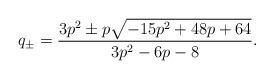
LaTeX: \begin{align*} q_{\pm} =\frac{3p^2\pm p\sqrt{-15p^2+48p+64}}{3p^2-6p-8}.\end{align*}